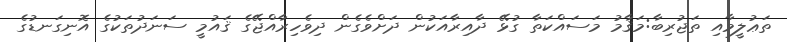
ތަޢުލީމާއި ތަޖުރިބާ:މަޤާމު މަސައްކަތާ ގުޅޭ ދާއިރާއަކުން ދަށްވެގެން ދިވެހިރާއްޖޭގެ ޤައުމީ ސަނަދުތަކުގެ އޮނިގަނޑުގެ